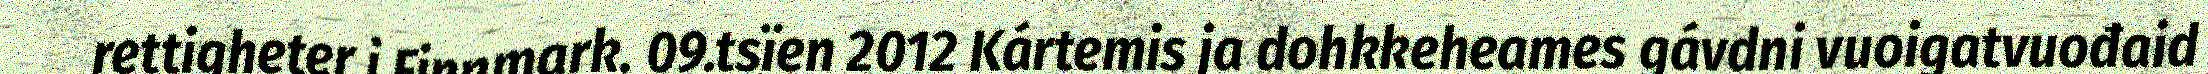
rettigheter i Finnmark. 09.tsïen 2012 Kártemis ja dohkkeheames gávdni vuoigatvuođaid